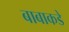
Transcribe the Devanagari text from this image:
बाबाकडे